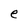
Character: e